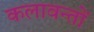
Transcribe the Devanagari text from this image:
कलावन्तों